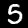
Label: 5